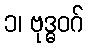
၁၊ ဗုဒ္ဓဝဂ်